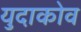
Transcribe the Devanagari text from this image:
युदाकोव